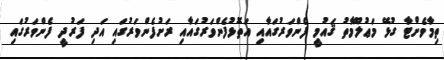
ތިމާވެށްޓާ ގުޅޭ މަޢުލޫމާތު ޤައުމީ ފެންވަރުގައާއި އަތޮޅުފެންވަރުގައާއި ރަށުފެންވަރުގައި އަދި ފަރުދީ ފެންވަރުގައި